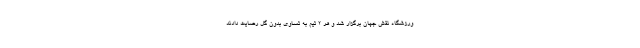
ورزشگاه نقش جهان برگزار شد و هر ۲ تیم به تساوی بدون گل رضایت دادند